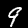
Digit: 9